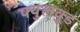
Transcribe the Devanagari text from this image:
फ्युलवुड